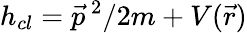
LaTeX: h_{cl}=\vec{p}^{~2}/2m+V(\vec{r})